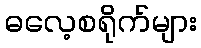
ဓလေ့စရိုက်များ